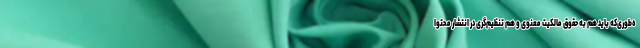
ه‌طوری‌که باید هم به حقوق مالکیت معنوی و هم تنظیم‌گری در انتشار محتوا